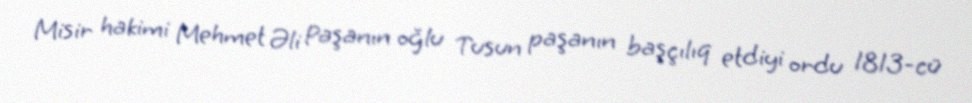
Misir hakimi Mehmet Əli Paşanın oğlu Tusun paşanın başçılıq etdiyi ordu 1813-cü